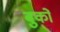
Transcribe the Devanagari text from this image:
बुकों